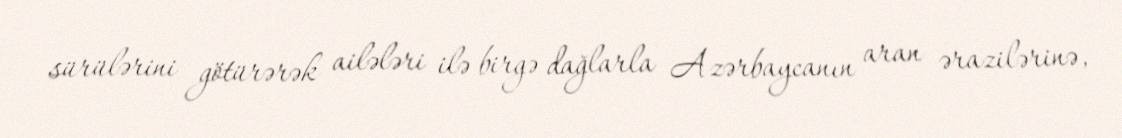
sürülərini götürərək ailələri ilə birgə dağlarla Azərbaycanın aran ərazilərinə,